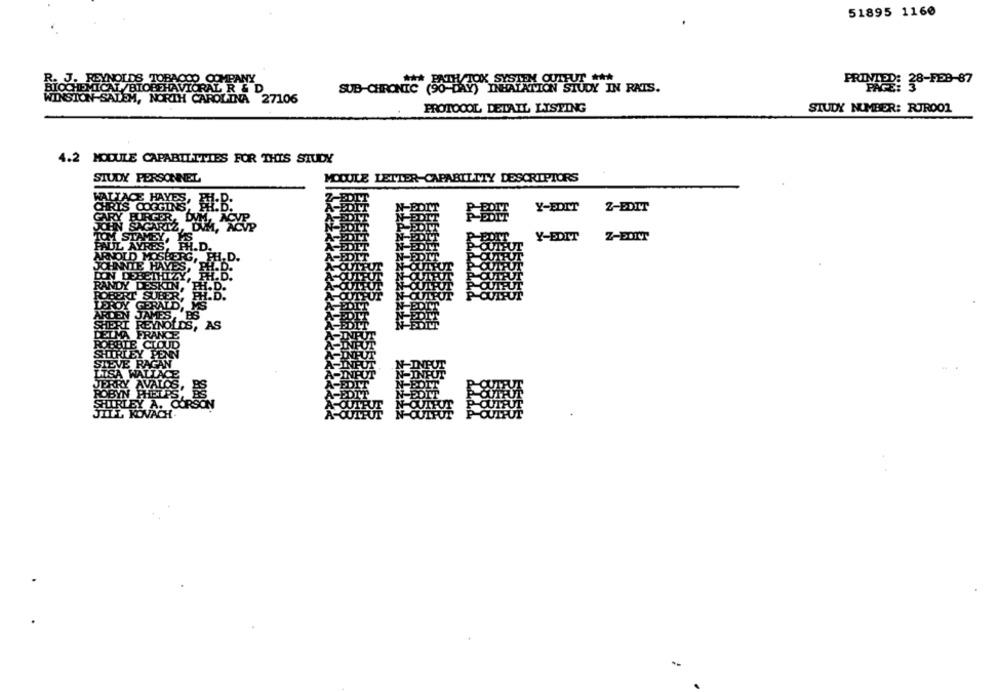
51895 1160
R. J. REYNOLDS TOBACCO COMPANY
OX SYSTEM OUTPUT ***
PRIMIDO: 38-FE9-87
SUB-CHRONIC (90-DAY) INHALATION STUDY IN RATS.
WINSTON-SALEM, NORTH CAROLINA 27106
PROTOCOL DETAIL LISTING
STUDY NUMBER: RJROO1
4.2 MODULE CAPABILITIES FOR THIS STUDY
STUDY PERSONNEL
MODULE LETTER-CAPABILITY DESCRIPTORS
Y-EDIT
Z-EDIT
Y-EDIT
Z-BOT
AS
SON
TACH